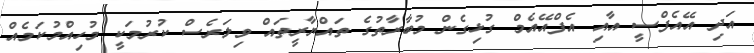
އަދި އޭއެފްސީ އާއި އެފްއޭއެމް ގުޅިގެން މުބާރާތުގެ ތައްޔާރީތައް ވިލަރެސް ކުރުމަކީ މުހިއްމުކަމެއް